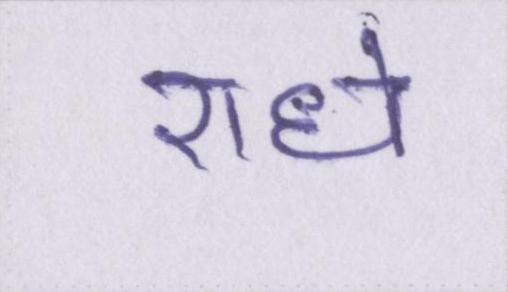
राधे